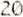
20